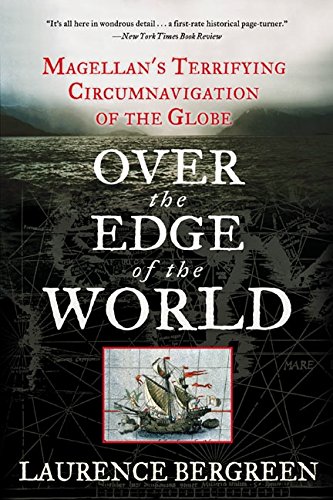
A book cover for Over the Edge of the World: Magellan's Terrifying Circumnavigation of the Globe; Laurence Bergreen; Biographies & Memoirs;